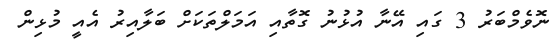
ނޮވެމްބަރު 3 ގައި އޭނާ އުޅުނު ގޮތާއި އަމަލްތަކަށް ބަލާއިރު އެއީ މުޅިން